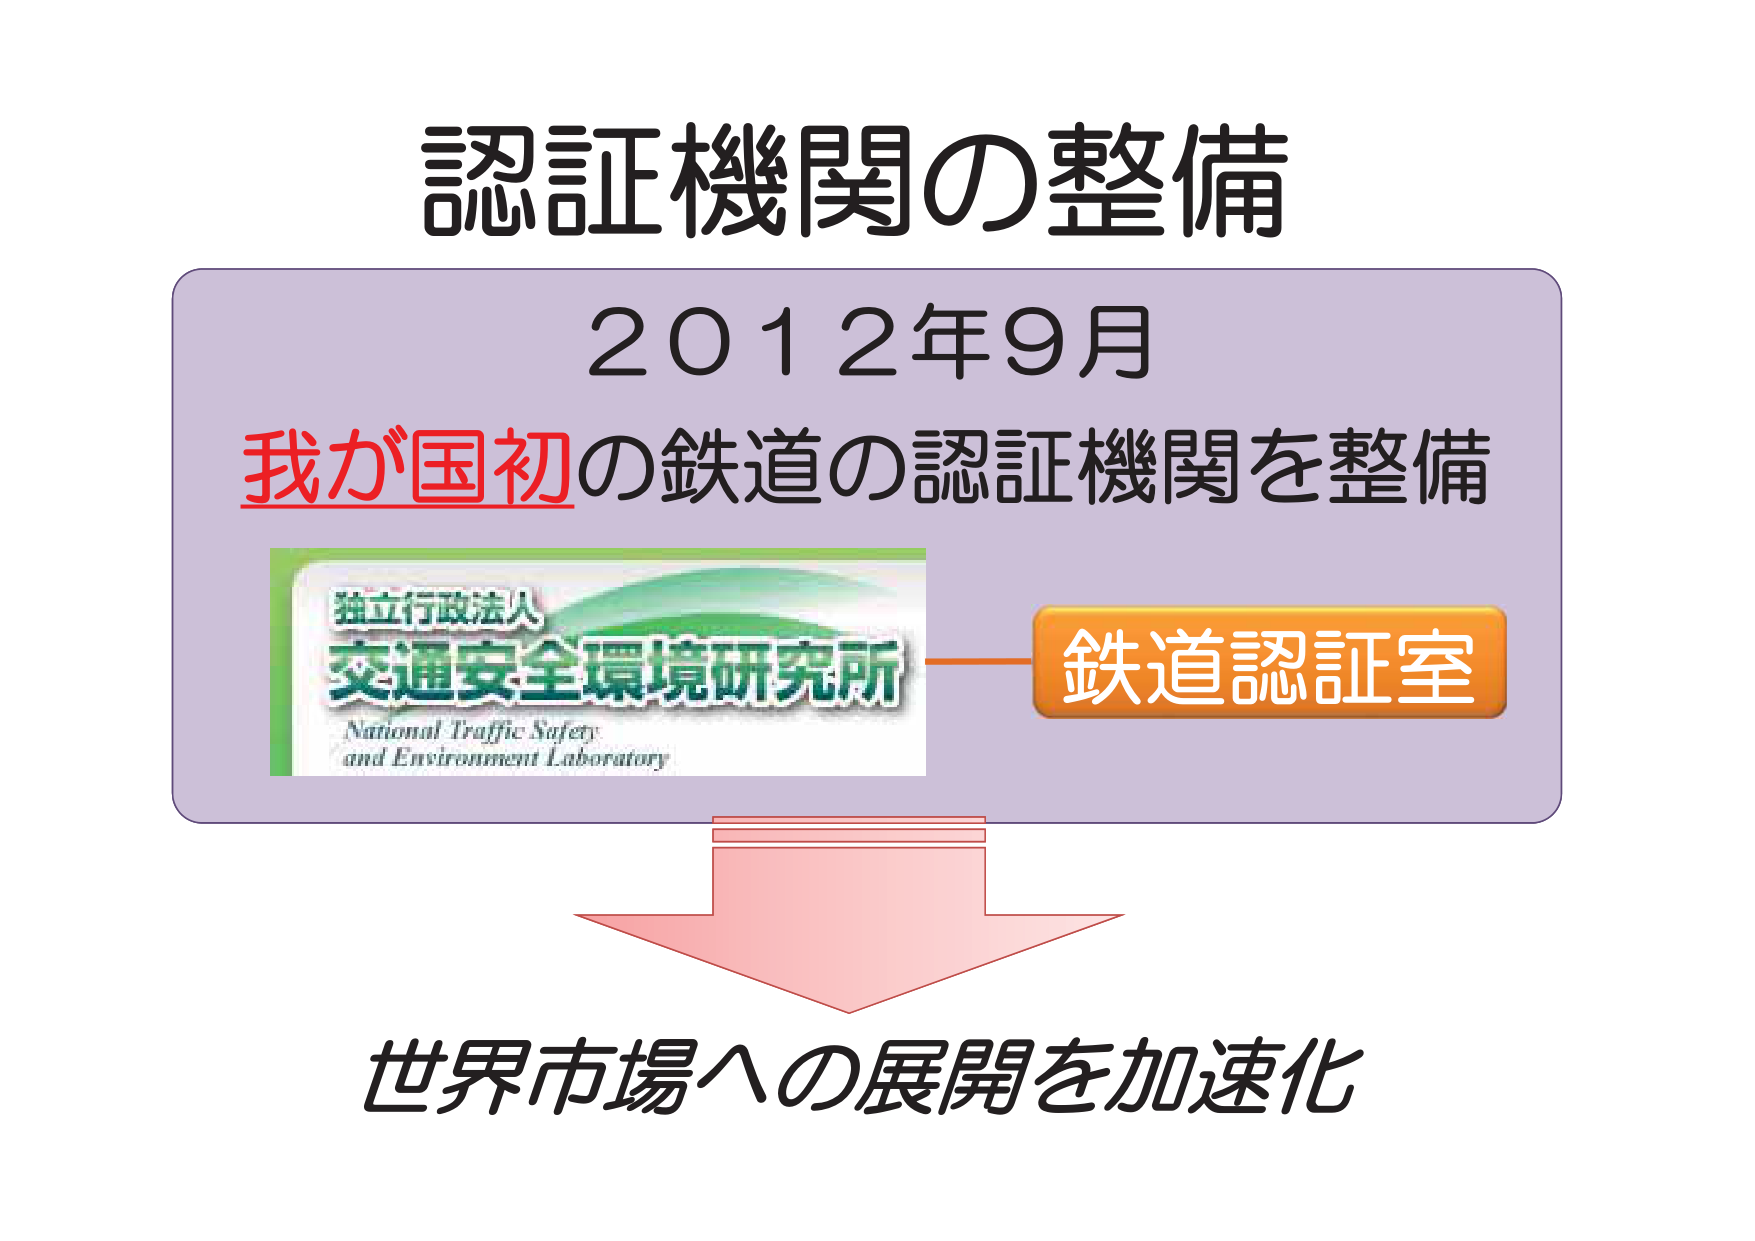
認証機関の整備
2012年9月
我が国初の鉄道の認証機関を整備
独立行政法人
交通安全環境研究所
National Traffic Safety
and Environment Laboratory
鉄道認証室
世界市場への展開を加速化